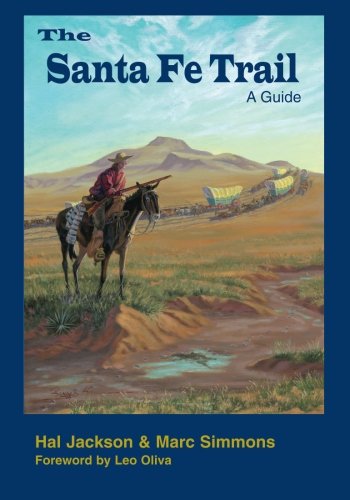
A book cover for The Santa Fe Trail: A Guide; Hal Jackson; Travel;